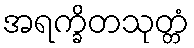
အရက္ခိတသုတ္တံ